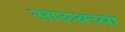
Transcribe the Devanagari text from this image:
साऊथच्या